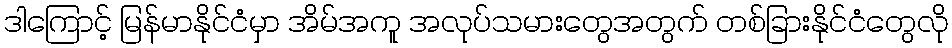
ဒါကြောင့် မြန်မာနိုင်ငံမှာ အိမ်အကူ အလုပ်သမားတွေအတွက် တစ်ခြားနိုင်ငံတွေလို